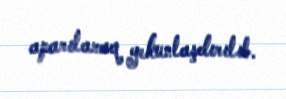
aparılaraq yekunlaşdırılıb.